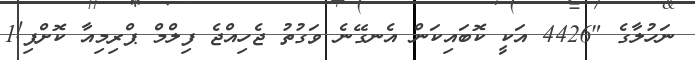
ނަހުލާގެ "4426 އަކީ ކޮބައިކަން އެނގޭނެ ވަގުތު ޖެހިއްޖެ ފިލްމް ޕްރިމިއާ ކޮށްފި!1